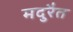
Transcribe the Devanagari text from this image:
मदुरैत